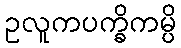
ဥလူကပက္ခိကမ္ပိ